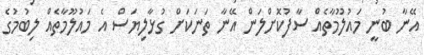
އޭނާ ބުނީ މައުލޫމާތެއް ސާފުކޮށްލަން އޭނާ ތަނަކަށް ގުޅާލިޔަސް އެ މައުލޫމާތެއް ލިބުމުގެ